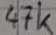
Text: 47k